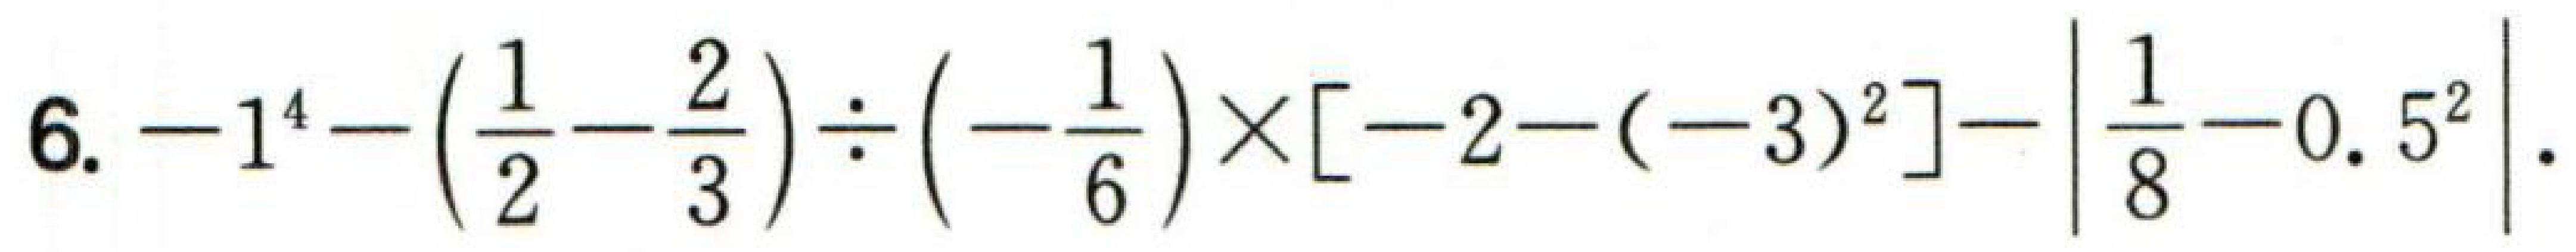
$6. -1^{4}-\left(\dfrac{1}{2}-\dfrac{2}{3}\right)\div\left(-\dfrac{1}{6}\right)\times\left[-2-(-3)^{2}\right]-\left|\dfrac{1}{8}-0.5^{2}\right|.$